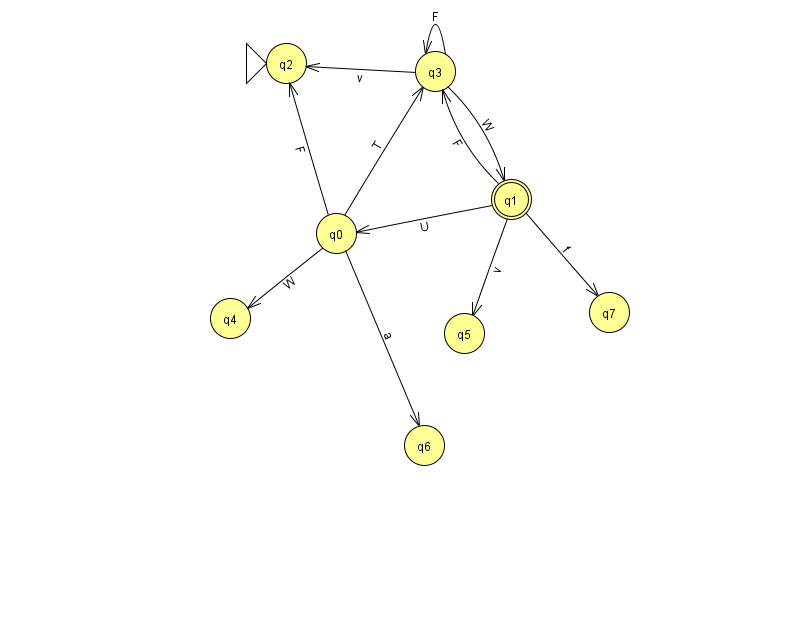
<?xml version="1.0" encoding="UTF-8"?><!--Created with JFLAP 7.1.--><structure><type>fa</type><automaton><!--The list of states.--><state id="0" name="q0"><x>336.0</x><y>220.0</y></state><state id="1" name="q1"><x>511.0</x><y>186.0</y><final/></state><state id="2" name="q2"><x>286.0</x><y>50.0</y><initial/></state><state id="3" name="q3"><x>435.0</x><y>58.0</y></state><state id="4" name="q4"><x>230.0</x><y>305.0</y></state><state id="5" name="q5"><x>464.0</x><y>320.0</y></state><state id="6" name="q6"><x>424.0</x><y>432.0</y></state><state id="7" name="q7"><x>609.0</x><y>299.0</y></state><!--The list of transitions.--><transition><from>0</from><to>4</to><read>W</read></transition><transition><from>1</from><to>0</to><read>U</read></transition><transition><from>3</from><to>3</to><read>F</read></transition><transition><from>0</from><to>2</to><read>F</read></transition><transition><from>0</from><to>3</to><read>T</read></transition><transition><from>1</from><to>5</to><read>v</read></transition><transition><from>3</from><to>2</to><read>v</read></transition><transition><from>1</from><to>3</to><read>F</read></transition><transition><from>3</from><to>1</to><read>W</read></transition><transition><from>0</from><to>6</to><read>a</read></transition><transition><from>1</from><to>7</to><read>f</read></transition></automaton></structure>